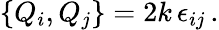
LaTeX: \left\{ Q_{i},Q_{j}\right\} =2k\, \epsilon_{ij}\, .